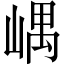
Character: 嵎